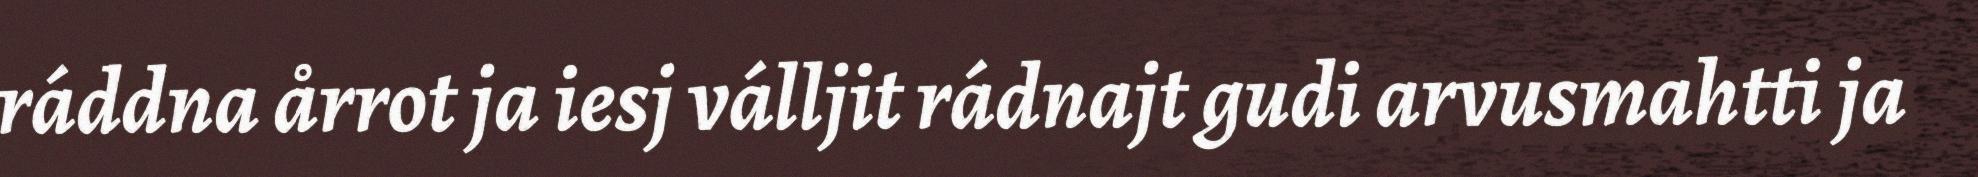
ráddna årrot ja iesj válljit rádnajt gudi arvusmahtti ja